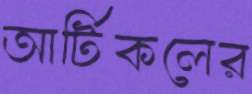
আর্টিকলের